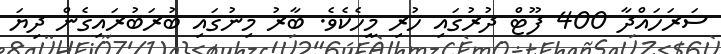
ސަރަހައްދާ 400 ފޫޓް ދުރުގައި ހުރި މީހެކެވެ. ބާރު މިނުގައި ބުރަބުރައިގެން ދިޔަ